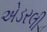
એડરલી